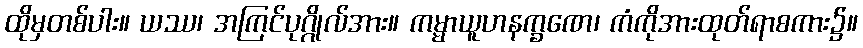
ထိုမှတစ်ပါး။ ယဿ၊ အကြင်ပုဂ္ဂိုလ်အား။ ကမ္မာယူဟနက္ခဏေ၊ ကံကိုအားထုတ်ရာစကား၌။